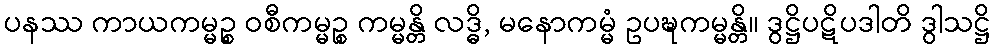
ပနဿ ကာယကမ္မဉ္စ ဝစီကမ္မဉ္စ ကမ္မန္တိ လဒ္ဓိ, မနောကမ္မံ ဥပဍ္ဎကမ္မန္တိ။ ဒွဋ္ဌိပဋိပဒါတိ ဒွါသဋ္ဌိ